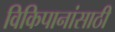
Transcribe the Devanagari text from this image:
विकिपानांसाठी